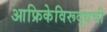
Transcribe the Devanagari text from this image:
आफ्रिकेविरूद्धची